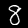
Label: 8